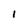
Character: 1